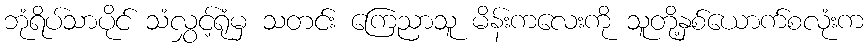
ဘုံရိပ်သာပိုင် သံလွှင့်ရုံမှ သတင်း ကြေညာသူ မိန်းကလေးကို သူတို့နှစ်ယောက်စလုံးက